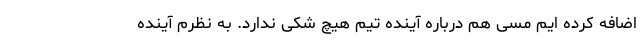
اضافه کرده ایم مسی هم درباره آینده تیم هیچ شکی ندارد. به نظرم آینده